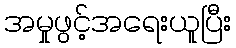
အမှုဖွင့်အရေးယူပြီး